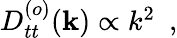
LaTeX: \begin{array}{r}{D_{tt}^{(o)}({\mathbf k})\propto k^{2}~~,}\end{array}